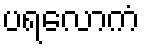
ပရလောကံ